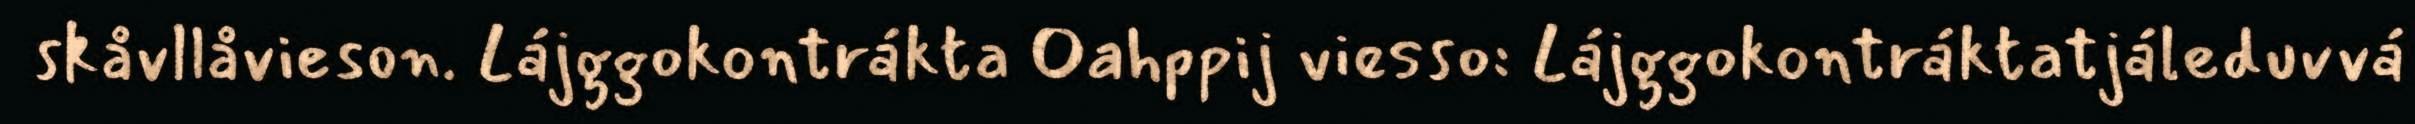
skåvllåvieson. Lájggokontrákta Oahppij viesso: Lájggokontráktatjáleduvvá